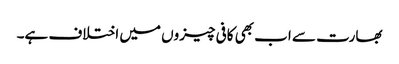
بھارت سے اب بھی کافی چیزوں میں اختلاف ہے۔